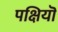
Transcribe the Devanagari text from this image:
पक्षियॊं